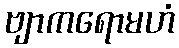
ဗျာကရောမဟံ